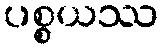
ပစ္စယဿ